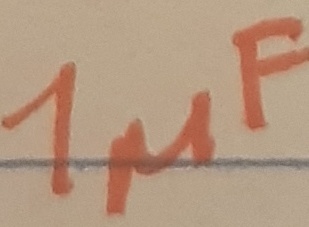
Text: 1µF